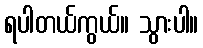
ရပါတယ်ကွယ်။ သွားပါ။